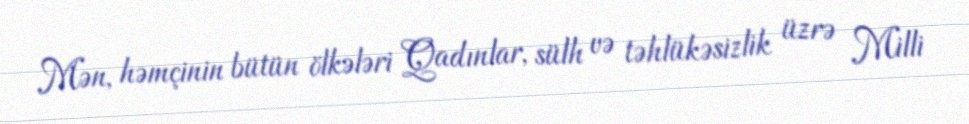
Mən, həmçinin bütün ölkələri Qadınlar, sülh və təhlükəsizlik üzrə Milli